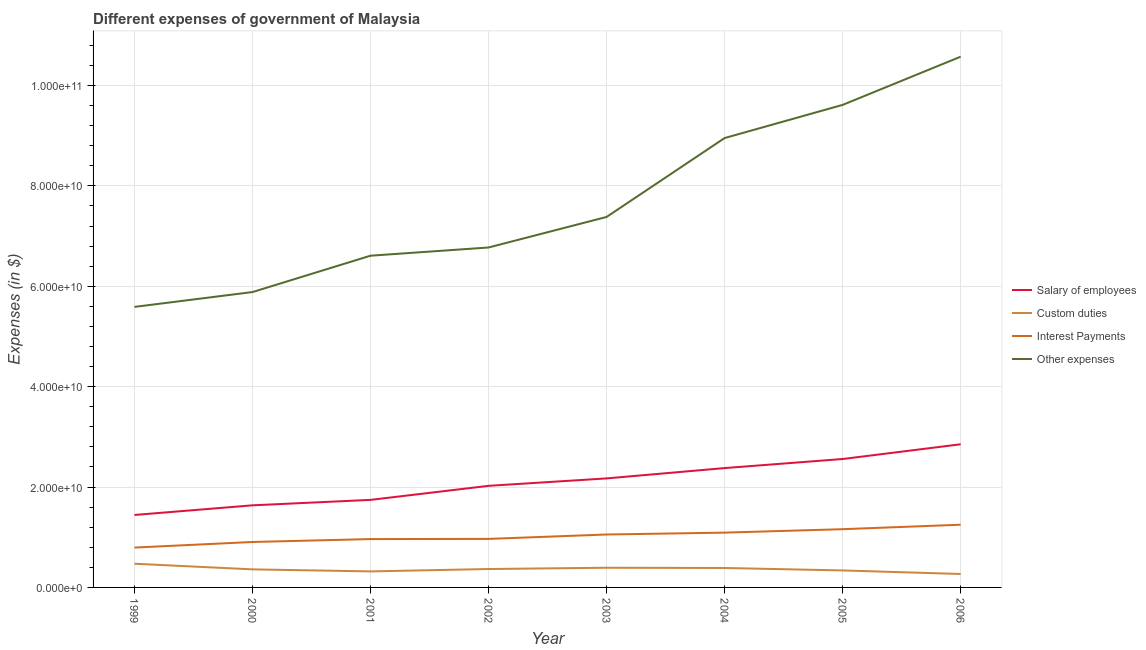
| Year | Salary of employees | Custom duties | Interest Payments | Other expenses |
 | --- | --- | --- | --- | --- |
 | 1999 | 1.44e+10 | 4.72e+09 | 7.94e+09 | 5.59e+10 |
 | 2000 | 1.64e+10 | 3.6e+09 | 9.06e+09 | 5.88e+10 |
 | 2001 | 1.74e+10 | 3.19e+09 | 9.63e+09 | 6.61e+10 |
 | 2002 | 2.02e+10 | 3.67e+09 | 9.67e+09 | 6.77e+10 |
 | 2003 | 2.17e+10 | 3.92e+09 | 1.05e+10 | 7.38e+10 |
 | 2004 | 2.38e+10 | 3.87e+09 | 1.09e+10 | 8.95e+10 |
 | 2005 | 2.56e+10 | 3.38e+09 | 1.16e+10 | 9.61e+10 |
 | 2006 | 2.85e+10 | 2.68e+09 | 1.25e+10 | 1.06e+11 |